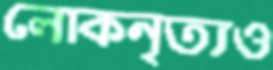
লোকনৃত্যও